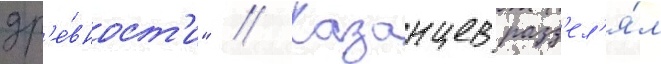
др'е́вност'и" // Казанцев разд'ел'я́л